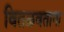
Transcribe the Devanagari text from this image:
वितळवताना